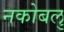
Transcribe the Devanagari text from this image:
नकोबलु